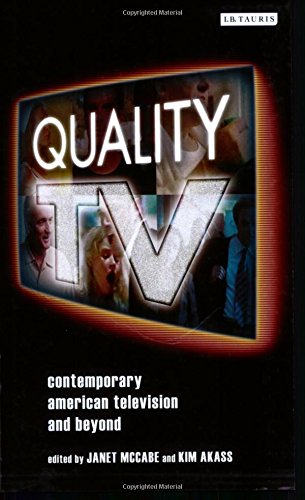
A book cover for Quality TV: Contemporary American Television and Beyond (Reading Contemporary Television); Humor & Entertainment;